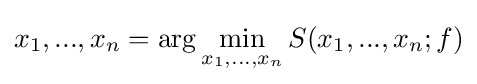
x_{1},...,x_{n}=\arg \min _{x_{1},...,x_{n}}S(x_{1},...,x_{n};f)